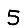
Digit: 5